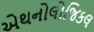
એથનોલોજિકલ